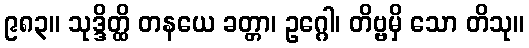
၉၈၃။ သုဒ္ဒိတ္ထိ တနယေ ခတ္တာ၊ ဥဂ္ဂေါ၊ တိဗ္ဗမှိ သော တိသု။